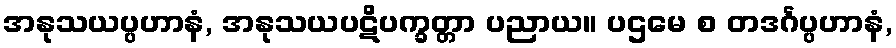
အနုသယပ္ပဟာနံ, အနုသယပဋိပက္ခတ္တာ ပညာယ။ ပဌမေ စ တဒင်္ဂပ္ပဟာနံ,